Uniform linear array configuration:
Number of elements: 48
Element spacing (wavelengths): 0.75
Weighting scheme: kaiser
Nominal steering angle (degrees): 60
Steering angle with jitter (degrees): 61.574
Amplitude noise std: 0.05
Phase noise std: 0.05

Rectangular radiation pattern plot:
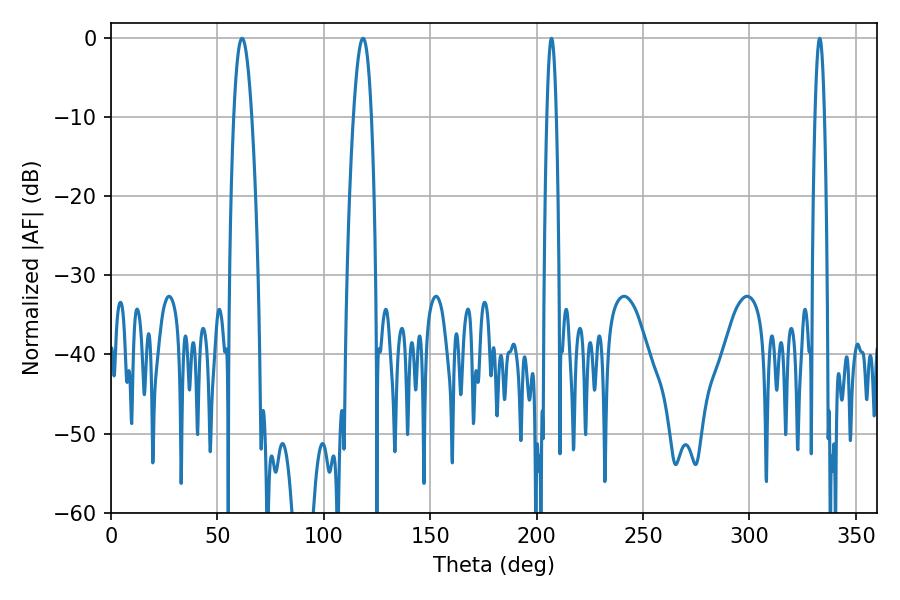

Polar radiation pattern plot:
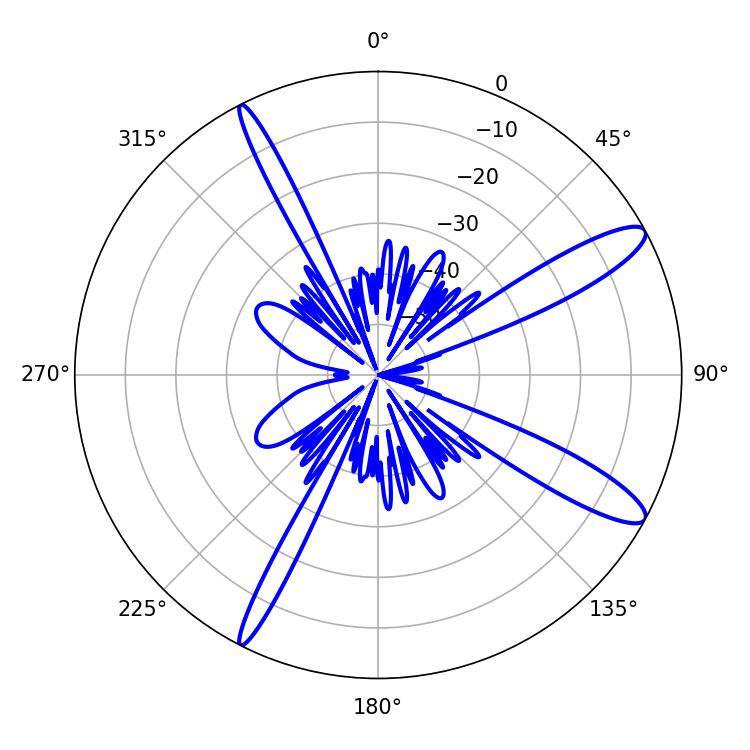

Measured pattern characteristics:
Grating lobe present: TRUE
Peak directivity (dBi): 12.504
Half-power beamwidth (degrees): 2.52
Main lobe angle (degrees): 207